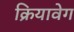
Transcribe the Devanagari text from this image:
क्रियावेग